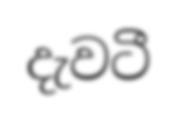
දැවටී